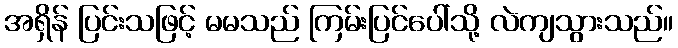
အရှိန် ပြင်းသဖြင့် မမသည် ကြမ်းပြင်ပေါ်သို့ လဲကျသွားသည်။